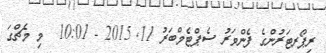
ރިޕޯރޓަރުންގެ ފެންވަރު ސެޕްޓެމްބަރު 11